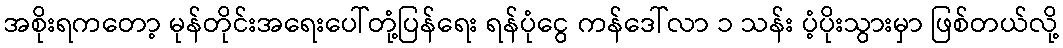
အစိုးရကတော့ မုန်တိုင်းအရေးပေါ်တုံ့ပြန်ရေး ရန်ပုံငွေ ကန်ဒေါ်လာ ၁ သန်း ပံ့ပိုးသွားမှာ ဖြစ်တယ်လို့